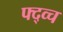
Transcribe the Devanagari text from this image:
फ्द्व्च